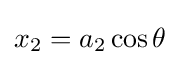
x_{2}=a_{2}\cos \theta